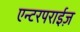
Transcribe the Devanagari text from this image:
एन्टरपराईज़